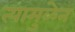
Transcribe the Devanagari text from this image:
त्यामुळेन